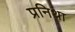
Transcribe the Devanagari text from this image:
प्रनिथा